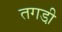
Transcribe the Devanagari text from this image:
तगडी़